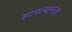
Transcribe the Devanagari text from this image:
हटवल्यानंतर